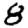
Digit: 8